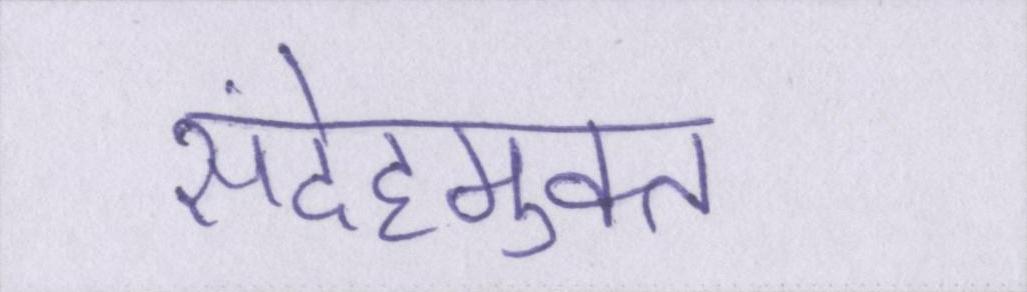
संदेहमुक्त